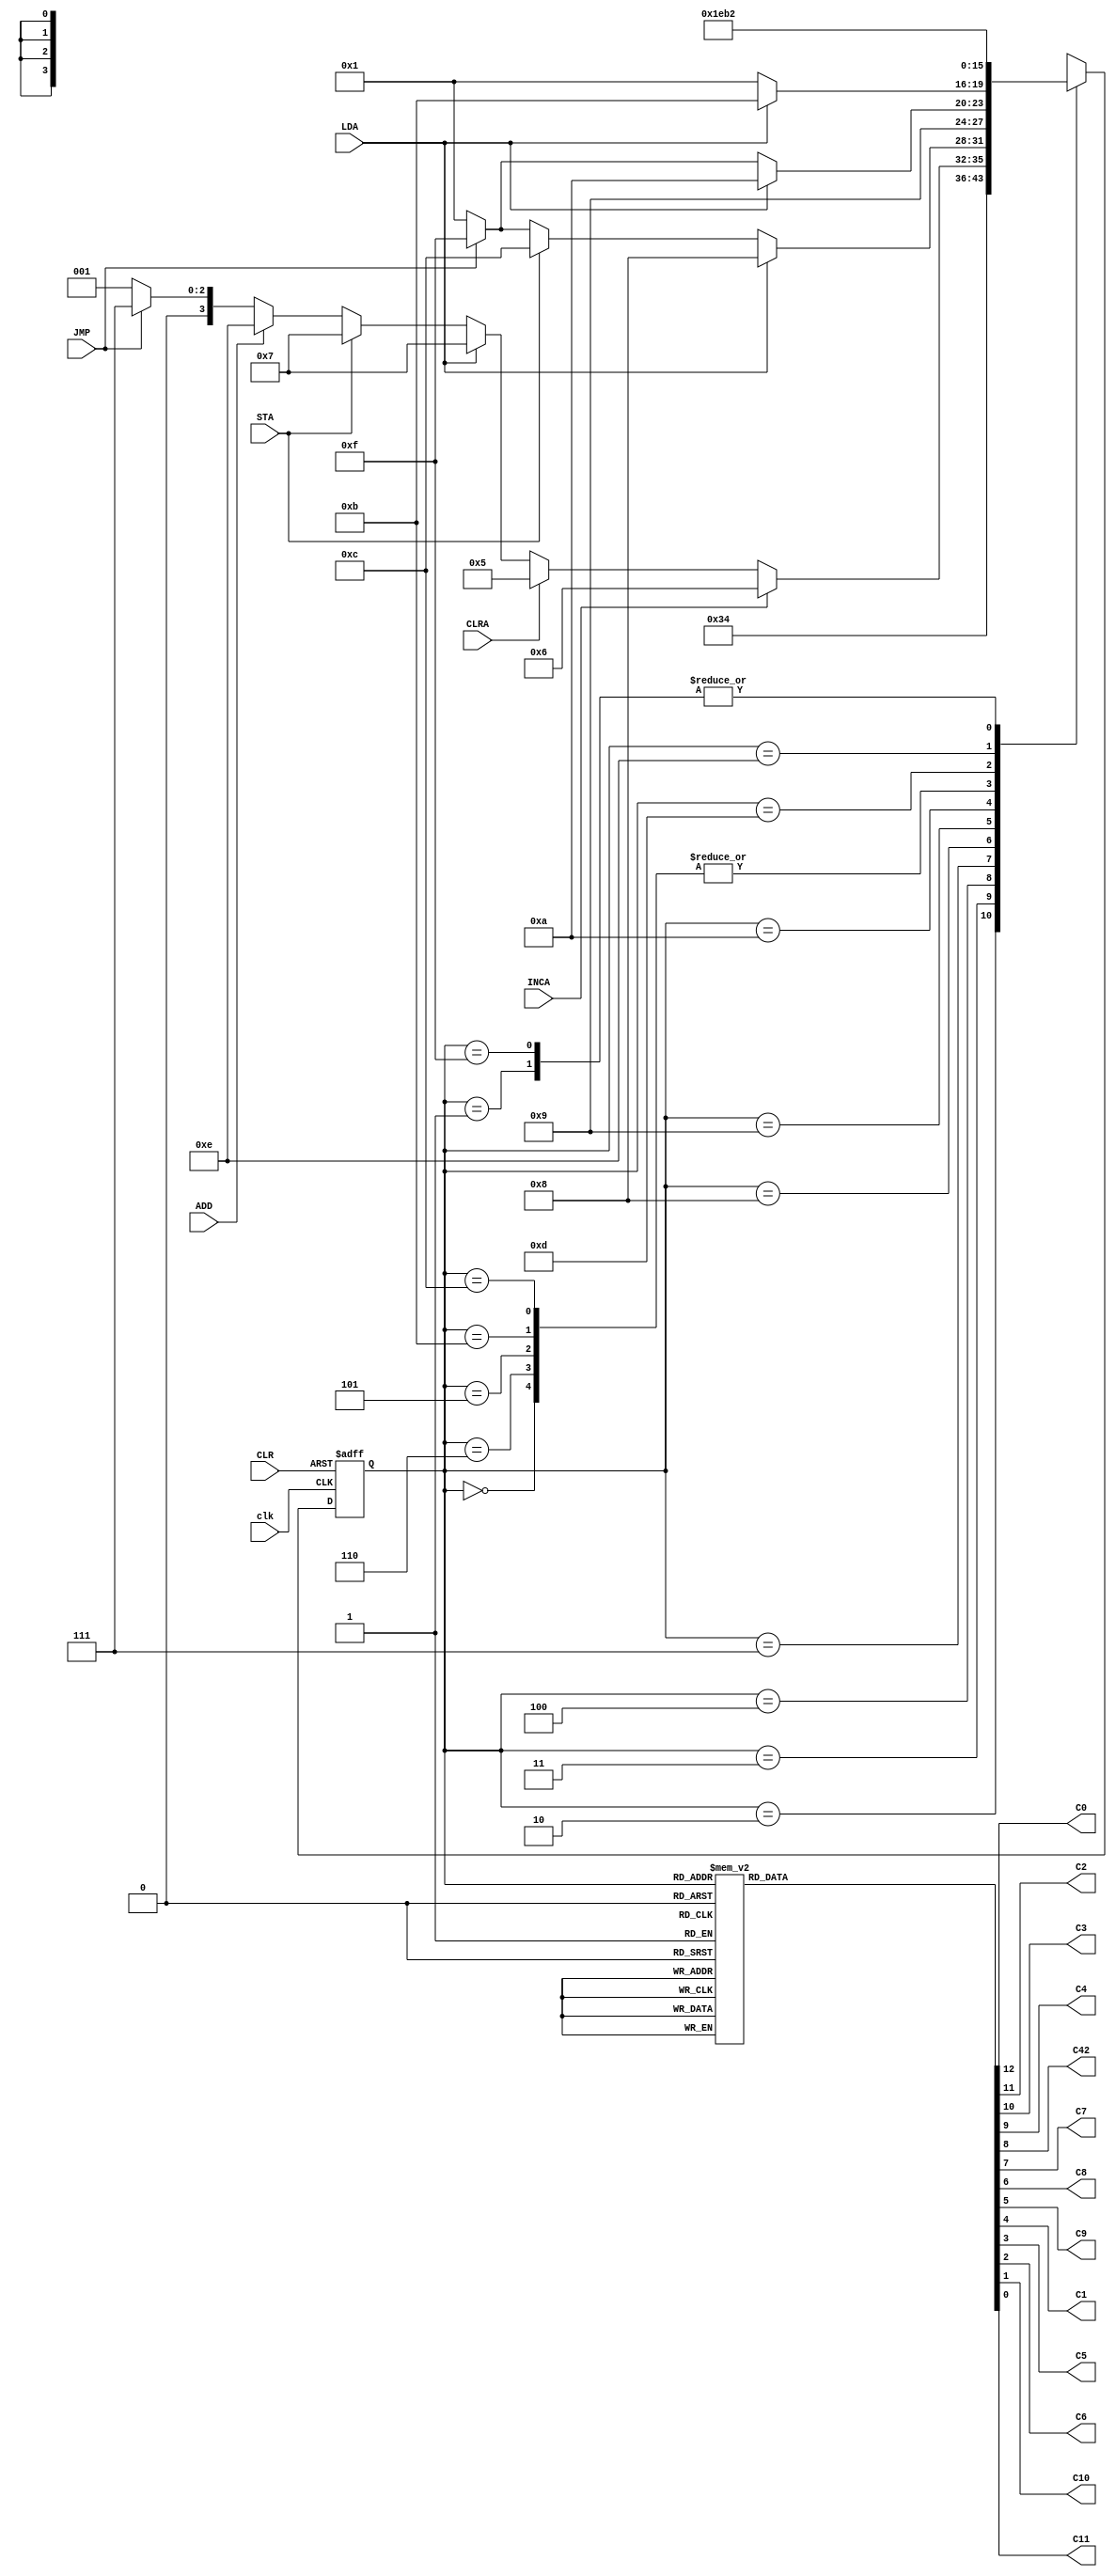
module controllerV2( clk, CLR,INCA,CLRA,LDA,STA,ADD,JMP,C0,C2,C3,C4,C42,C7,C8,C9,C1,C5,C6,C10,C11);

   input clk, CLR, INCA, CLRA, LDA,STA,ADD, JMP;
   output C0,C2,C3,C4,C42,C7,C8,C9,C1,C5,C6,C10,C11;

   reg [3:0] state;
   reg C0,C2,C3,C4,C42,C7,C8,C9,C1,C5,C6,C10,C11;

   always @( posedge clk, posedge CLR )
   begin
   if( CLR )
       state <= 4'b0000;   
   else
	begin
       case( state )
       4'b0000://State A
       begin
            if(1) state <= 4'b0001;
            else state <= 4'b0001;
       end

       4'b0001://State B
       begin
            if(1)state <= 4'b0010;
            else state <= 4'b0010;
       end

       4'b0010://State C
       begin
             state <= 4'b0011;
       end

       4'b0011://State D
       begin
            if(1) state <= 4'b0100;
            else state <= 4'b0100;
       end
		 
		 4'b0100://State E
       
		 begin
            if(INCA)begin
				state <= 4'b0110; //If Increment Accumulator is active, go to state F
            end else if(CLRA) begin
				state <= 4'b0101;// If Clear Accumulator is active, go to State G	
				end else if(LDA) begin
				state <= 4'b0111;//If Load go to state H branch later
				end else if(STA) begin
				state <= 4'b0111;//If store go to state H branch later
				end else if (ADD)begin
				state <=4'b1110;//Go to State O
				end else if (JMP) begin
				state <=4'b0111;//If store go to state H branch later
				end else begin
				state <=4'b0001;//if nothing else go to state B
				end
       end		
		 
		 4'b0110://State F
       begin
            if(1) state <= 4'b0001; //go back to B not A
            else state <= 4'b0001;
       end
		 
		 4'b0101://State G
       begin
            if(1) state <= 4'b0001; //go back to B not A
            else state <= 4'b0001;
       end
		 
		 4'b0111://State H
       begin
            if(LDA) begin //If load go to statego to state I
				state <=4'b1000;
				end else if(STA) begin //If storign go to state M
				state <= 4'b1100;
				end else if(JMP) begin //If Jump go back to state C
				state <= 4'b1111;
				end else begin //If neither go back to State B fail-safe for troubleshooting
				state <= 4'b0001;
				end
       end
		 
		 4'b1000://State I
       begin
             state <= 4'b1001;//Go to state J
            //else state <= 4'b0001;
       end
		 
		 4'b1001://State J
       begin
            if(LDA) state <= 4'b1010;//Go to state K
				else if (JMP) state <= 4'b1111; //Go to state P
            else state <= 4'b0001;
       end
		 
		 4'b1010://State K
       begin
            if(LDA) state <= 4'b1011;//Go to state L
				else if(JMP)
				state<= 4'b0001;
            else state <= 4'b0001;
       end
		 
		 4'b1011://State L
       
             state <= 4'b0001;//Go back to state B for next Instruction
       
		 
		 4'b1100://State M
       begin
            if(1) state <= 4'b0001;//Go back to state B for next Instruction
            else state <= 4'b0001;
       end
		 
		 4'b1101://State N--Not used
       begin
            if(1) state <= 4'b1110;//Go to State O
            else state <= 4'b0001;
       end
		 
		 4'b1110://State O
       begin
            if(1) state <= 4'b1011;//Go to state L
            else state <= 4'b0001;
       end
		 
		 4'b1111://State P
       begin
            if(1) state <= 4'b0010;//Go to state B
            else state <= 4'b0010;
       end
		 
		 
       endcase
   end
end


always @(state)begin
  case(state)
  4'b0000: {C0,C2,C3,C4,C42,C7,C8,C9,C1,C5,C6,C10,C11}=13'b1000000000001;//State A activate C0
  4'b0001: {C0,C2,C3,C4,C42,C7,C8,C9,C1,C5,C6,C10,C11}=13'b0000000000001;//State B activate C3--Off at this point (select PC)
  4'b0010: {C0,C2,C3,C4,C42,C7,C8,C9,C1,C5,C6,C10,C11}=13'b0001000000001;//State C activate C4 Read Memory
  4'b0011: {C0,C2,C3,C4,C42,C7,C8,C9,C1,C5,C6,C10,C11}=13'b0000100000001;//State D activate C42 Transfer memory
  4'b0100: {C0,C2,C3,C4,C42,C7,C8,C9,C1,C5,C6,C10,C11}=13'b0100010000001;//S activate C2 and C7
  4'b0110: {C0,C2,C3,C4,C42,C7,C8,C9,C1,C5,C6,C10,C11}=13'b0000000100001;//State F activate C9
  4'b0101: {C0,C2,C3,C4,C42,C7,C8,C9,C1,C5,C6,C10,C11}=13'b0000001000001;//State G activate C8
  //added for part B
  4'b0111: {C0,C2,C3,C4,C42,C7,C8,C9,C1,C5,C6,C10,C11}=13'b0010000000001;//State H activate C3--C3 on at this point (select MDO) (Jump)
  4'b1000: {C0,C2,C3,C4,C42,C7,C8,C9,C1,C5,C6,C10,C11}=13'b0011000000001;//State I activate C4 Read Memory
  4'b1001: {C0,C2,C3,C4,C42,C7,C8,C9,C1,C5,C6,C10,C11}=13'b0010100000001;//State J activate C42 Transfer memory
  4'b1010: {C0,C2,C3,C4,C42,C7,C8,C9,C1,C5,C6,C10,C11}=13'b0000000000001;//State K activate C10=0 ACC Select<-MDO
  4'b1011: {C0,C2,C3,C4,C42,C7,C8,C9,C1,C5,C6,C10,C11}=13'b0000000000010;//State L activate C11 MDI<-ACC (Load) load active low now
  4'b1100: {C0,C2,C3,C4,C42,C7,C8,C9,C1,C5,C6,C10,C11}=13'b0011000001001;//State M activate C5 C4 Write to memory (Store)
  4'b1101: {C0,C2,C3,C4,C42,C7,C8,C9,C1,C5,C6,C10,C11}=13'b0000000000001;//State N activate C15 and C14 Add=00, 
  4'b1110: {C0,C2,C3,C4,C42,C7,C8,C9,C1,C5,C6,C10,C11}=13'b0000000000011;//State 0 activate C10=1 Select ALU for ACC
  4'b1111: {C0,C2,C3,C4,C42,C7,C8,C9,C1,C5,C6,C10,C11}=13'b0000000010001;//State P activate C1 load PC current  MDI
 endcase 	
end
endmodule